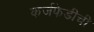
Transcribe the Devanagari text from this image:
कर्जफेडीची